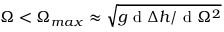
\Omega < \Omega _ { m a x } \approx \sqrt { g \textrm { d } \Delta { h } / \textrm { d } \Omega ^ { 2 } }